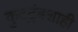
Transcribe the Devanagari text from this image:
कुटटुंबशाही